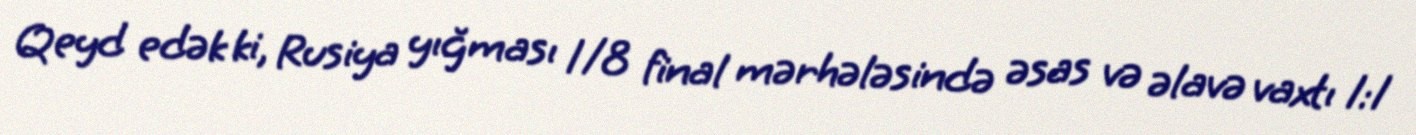
Qeyd edək ki, Rusiya yığması 1/8 final mərhələsində əsas və əlavə vaxtı 1:1